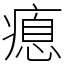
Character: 瘜